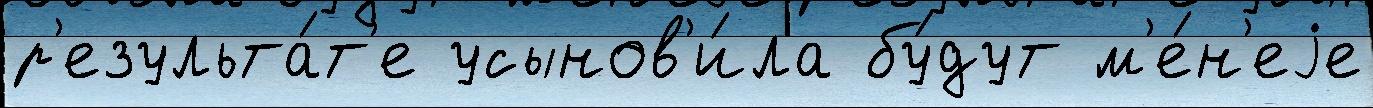
р'езульта́т'е усынов'и́ла бу́дут м'е́н'еjе